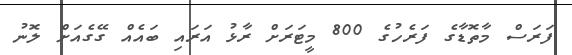
ފަރަސް މާތޮޑާގެ ފަރެހުގެ 800 މީޓަރަށް ރާޅު އަރައި ބައެއް ގޭގެއަށް ލޮނު